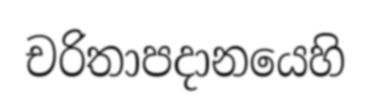
චරිතාපදානයෙහි